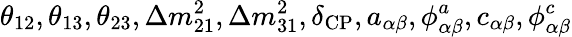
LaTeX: \theta_{12},\theta_{13},\theta_{23},\Delta{m}_{21}^{2},\Delta{m}_{31}^{2},\delta_{\mathrm{CP}},a_{\alpha\beta},\phi_{\alpha\beta}^{a},c_{\alpha\beta},\phi_{\alpha\beta}^{c}